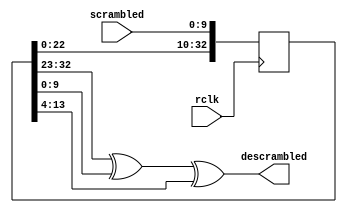
module descramble(
	input rclk,
	input [9:0] scrambled,
	output [9:0] descrambled);

assign descrambled = sr_d[32:23]^sr_d[9:0]^sr_d[13:4]; // equivalent logic equation

parameter SEED = 33'b1;
reg [32:0] sr_d = SEED; 

always @ (posedge rclk) begin
	sr_d[32:10] <= sr_d[22:0];
	sr_d[9:0] <= scrambled;
	end

endmodule